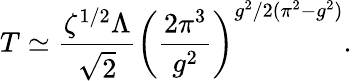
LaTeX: T\simeq\frac{\zeta^{1/2}\Lambda}{\sqrt{2}}\left(\frac{2\pi^{3}}{g^{2}}\right)^{g^{2}/2(\pi^{2}-g^{2})}.